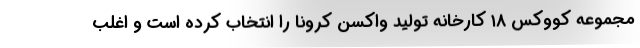
مجموعه کووکس ۱۸ کارخانه تولید واکسن کرونا را انتخاب کرده است و اغلب